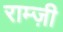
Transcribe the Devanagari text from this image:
राम्ज़ी